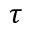
\tau